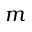
m